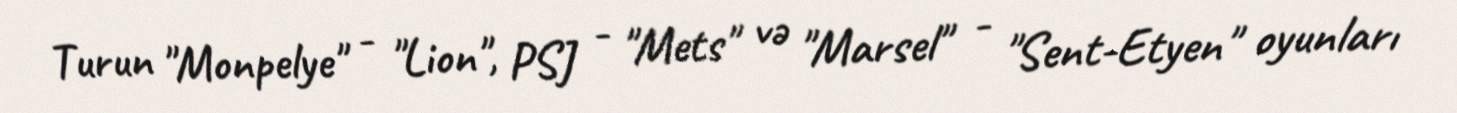
Turun "Monpelye" - "Lion", PSJ - "Mets" və "Marsel" - "Sent-Etyen" oyunları